Lunatic asylums Central Provinces reports 1895-1909 - 1895-1909
Year: 1895
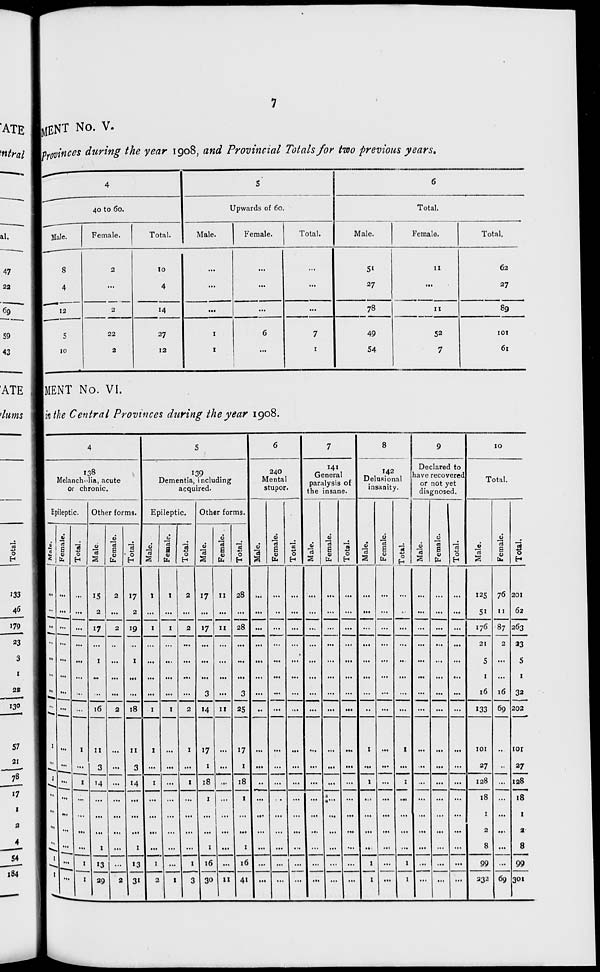
7
MENT No. V.
Provinces during the year 1908, and Provincial Totals for two previous years.
4
40 to 60.
Male.
8
4
12
5
10
Female.
2
...
2
22
2
Total.
10
4
14
27
12
5
Upwards of 60.
Male.
...
...
...
1
1
Female.
...
...
...
6
...
Total.
...
...
...
7
1
6
Total.
Male.
51
27
78
49
54
Female.
11
...
11
52
7
Total.
62
27
89
101
61
MENT No. VI.
in the Central Provinces during the year 1908.
4
138
Melancholia, acute
or chronic.
Epileptic.
Male.
...
...
...
...
...
...
...
...
1
...
1
...
...
...
...
1
1
Female.
...
...
...
...
...
...
...
...
...
...
...
...
...
...
...
...
...
Total.
...
...
...
...
...
...
...
...
1
...
1
...
...
...
...
1
1
Other forms.
Male.
15
2
17
...
1
...
...
16
11
3
14
...
...
...
1
13
29
Female.
2
...
2
...
...
...
...
2
...
...
...
...
...
...
...
...
2
Total.
17
2
19
...
I
...
...
18
11
3
14
...
...
...
1
13
31
5
139
Dementia, including
acquired.
Epileptic.
Male.
1
...
1
...
...
...
...
1
1
...
1
...
...
...
...
1
2
Female.
1
...
1
...
...
...
...
1
...
...
...
...
...
...
...
...
1
Total.
2
...
2
...
...
...
...
2
1
...
1
...
...
...
...
1
3
Other forms.
Male.
17
...
17
...
...
...
3
14
17
1
18
1
...
...
1
16
30
Female.
11
...
11
...
...
...
...
11
...
...
...
...
...
...
...
...
11
Total.
28
...
28
...
...
...
3
25
17
1
18
1
...
...
1
16
41
6
240
Mental
stupor.
Male.
...
...
...
...
...
...
...
...
...
...
..
...
...
...
...
...
...
Female.
...
...
...
...
...
...
...
...
...
...
...
...
...
...
...
...
...
Total.
...
...
...
...
...
...
...
...
...
...
...
...
...
...
...
...
...
7
141
General
paralysis of
the insane.
Male.
...
...
...
...
...
...
...
...
...
...
...
...
...
...
...
...
...
Female.
...
...
...
...
...
...
...
...
...
...
...
...
...
...
...
...
...
Total.
...
...
...
...
...
...
...
...
...
...
...
...
...
...
...
...
...
8
142
Delusional
insanity.
Male.
...
...
...
...
...
...
...
...
1
...
1
...
...
...
...
1
1
Female.
...
...
...
...
...
...
...
...
...
...
...
...
...
...
...
...
...
Total.
...
...
...
...
...
...
...
...
1
...
1
...
...
...
...
1
1
9
Declared to
have recovered
or not yet
diagnosed.
Male.
...
...
...
...
...
...
...
...
...
...
...
...
...
...
...
...
...
Female.
...
...
...
...
...
...
...
...
...
...
...
...
...
...
...
...
...
Total.
...
...
...
...
...
...
...
...
...
...
...
...
...
...
...
...
...
10
Total.
Male.
125
51
176
21
5
1
16
133
101
27
128
18
1
2
8
99
232
Female.
76
11
87
2
...
...
16
69
...
...
...
...
...
...
...
...
69
Total.
201
62
263
23
5
1
32
202
101
27
128
18
1
2
8
99
301